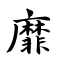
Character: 靡